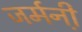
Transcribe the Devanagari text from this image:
जर्मनी़